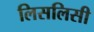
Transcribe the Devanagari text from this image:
लिसलिसी